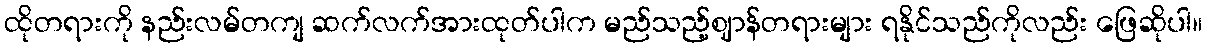
ထိုတရားကို နည်းလမ်တကျ ဆက်လက်အားထုတ်ပါက မည်သည့်ဈာန်တရားများ ရနိုင်သည်ကိုလည်း ဖြေဆိုပါ။